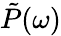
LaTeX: \tilde{P}(\omega)